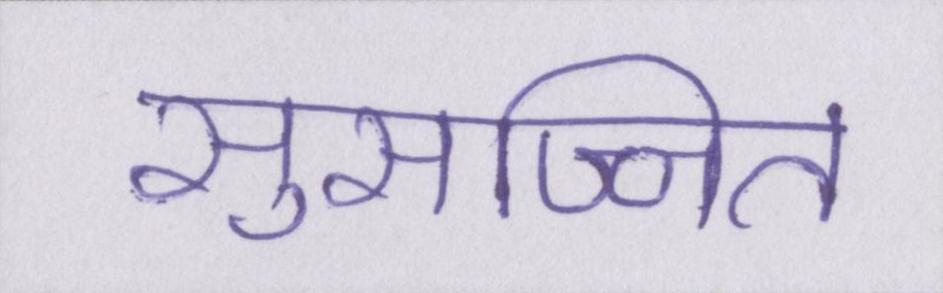
सुसज्जित